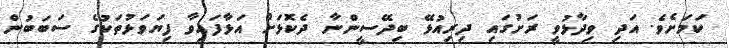
ކަމަށެވެ. އަދި ވިދާޅުވީ ރަށުގައި ދިރިއުޅޭ ބިދޭސީންނާ ދެކޮޅަށް އަޅާފައިވާ ފިޔަވަޅުތަކުގެ ސަބަބުން